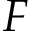
F